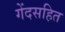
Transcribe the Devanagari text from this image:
गेंदसहित